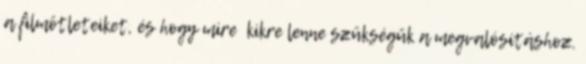
a filmötleteiket, és hogy mire kikre lenne szükségük a megvalósításhoz.